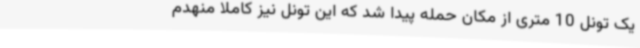
یک تونل 10 متری از مکان حمله پیدا شد که این تونل نیز کاملاً منهدم